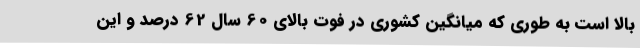
بالا است به طوری که میانگین کشوری در فوت بالای 60 سال 62 درصد و این